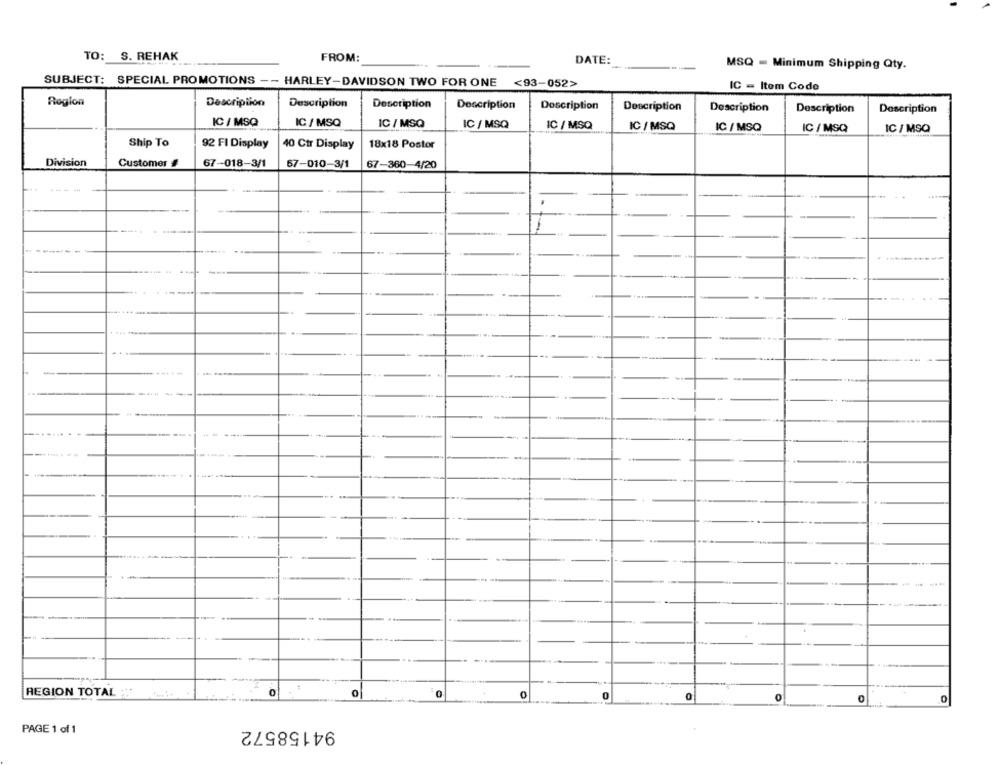
TO: S. REHAK
FROM:
DATE:
MSQ = Minimum Shipping Qty.
SUBJECT: SPECIAL PROMOTIONS -- HARLEY-DAVIDSON TWO
HARLEY-DAVIDSON TWO FOR ONE <93-052>
IC - Item Code
Region
Description
Description
Description
Description
Description
Description
Description
Description
Description
IC / MSQ
IC / MSQ
IC / MSQ
IC / MSQ
IC / MSQ
IC / MSQ
IC / MSQ
IC / MSQ
IC / MSQ
Ship To
92 FI Display
40 Ctr Display
18x18 Postor
Division
Customer #
67-018-3/1
67-010-3/1
67-360-4/20
----
-
REGION TOTAL :33
0
0
94158572
PAGE 1 of 1